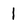
Character: 1